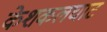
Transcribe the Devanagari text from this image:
केशकलघाट